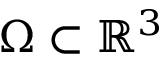
\Omega \subset \mathbb { R } ^ { 3 }